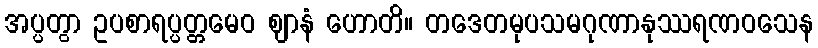
အပ္ပတွာ ဥပစာရပ္ပတ္တမေဝ ဈာနံ ဟောတိ။ တဒေတမုပသမဂုဏာနုဿရဏဝသေန